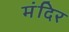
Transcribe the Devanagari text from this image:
मंंदिर